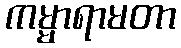
ကမ္မာရာမတာ